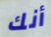
أنك